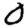
Digit: 0